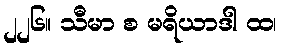
၂၂၆။ သီမာ စ မရိယာဒါ ထ၊